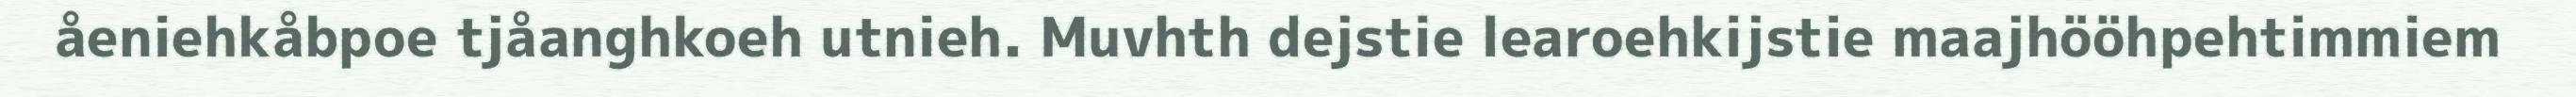
åeniehkåbpoe tjåanghkoeh utnieh. Muvhth dejstie learoehkijstie maajhööhpehtimmiem